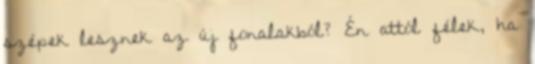
szépek lesznek az új fonalakból? Én attól félek, ha